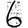
Digit: 6